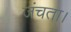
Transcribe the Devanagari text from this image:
जंचता।